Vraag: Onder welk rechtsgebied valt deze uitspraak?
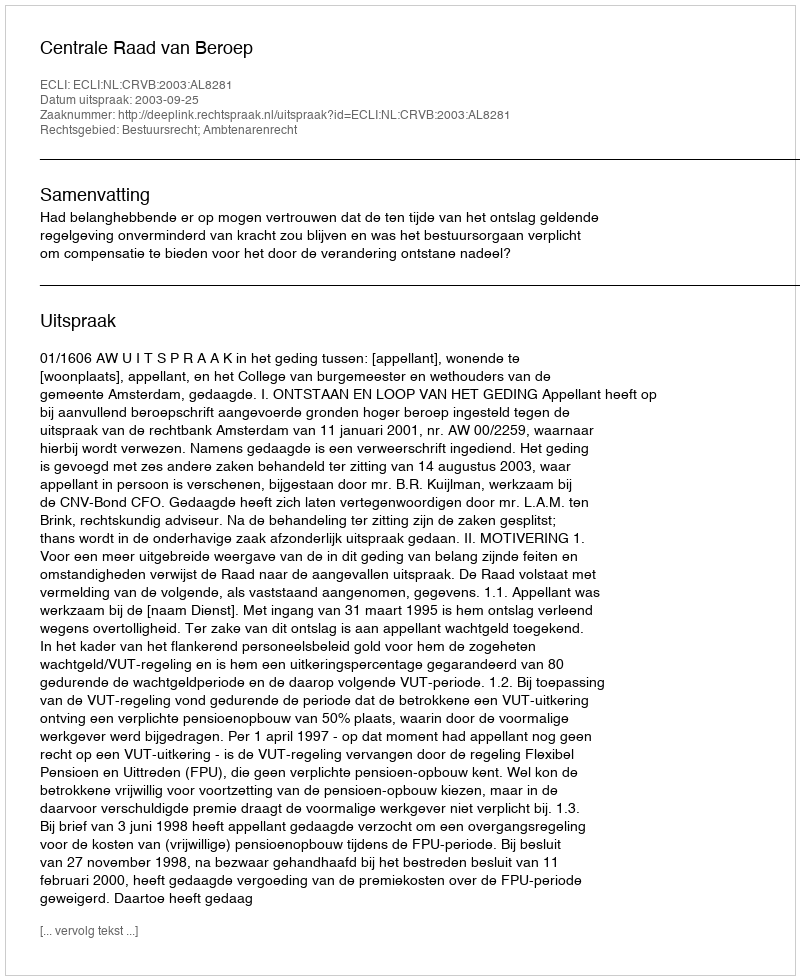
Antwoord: Bestuursrecht; Ambtenarenrecht